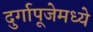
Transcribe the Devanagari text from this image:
दुर्गापूजेमध्ये